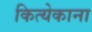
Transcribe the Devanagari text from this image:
कित्येकाना